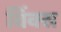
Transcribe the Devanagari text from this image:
विंक्स